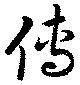
傳